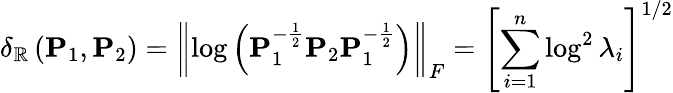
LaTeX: \delta_{\mathbb{R}}\left(\mathbf{{P}}_{1},\mathbf{{P}}_{2}\right)=\left\| \log\left(\mathbf{{P}}_{1}^{-\frac{{1}}{{2}}}\mathbf{{P}}_{2}\mathbf{{P}}_{1}^{-\frac{{1}}{{2}}}\right)\right\| _{F}=\left[\sum_{i=1}^{n}\log^{2}\lambda_{i}\right]^{1/2}